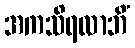
အကသိရလာဘိံ